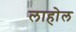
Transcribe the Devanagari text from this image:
लाहोल